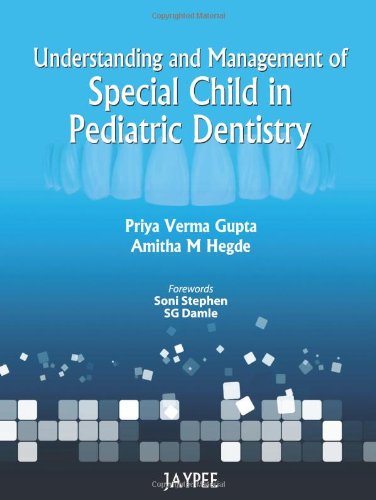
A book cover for Understanding and Management of Special Child in Pediatric Dentistry; Medical Books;